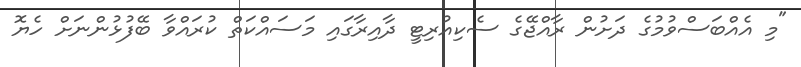
"މި އެއްބަސްވުމުގެ ދަށުން ރާއްޖޭގެ ސެކިއުރިޓީ ދާއިރާގައި މަސައްކަތް ކުރައްވާ ބޭފުޅުންނަށް ހެޔޮ